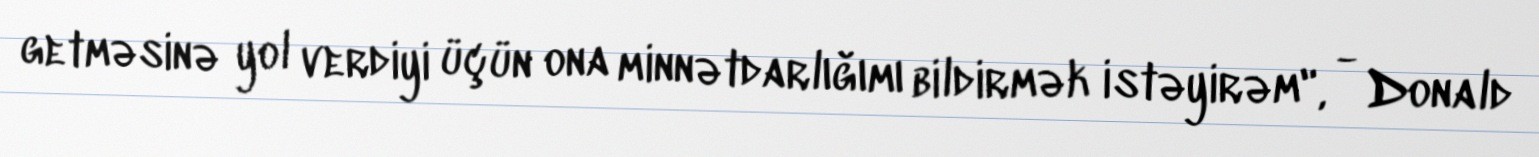
getməsinə yol verdiyi üçün ona minnətdarlığımı bildirmək istəyirəm", - Donald